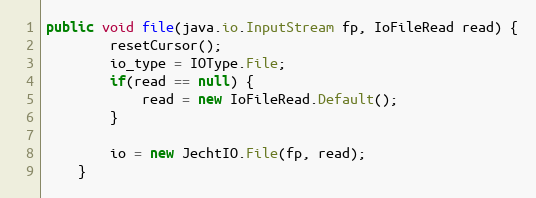
Language: Java
public void file(java.io.InputStream fp, IoFileRead read) {
        resetCursor();
        io_type = IOType.File;
        if(read == null) {
            read = new IoFileRead.Default();
        }

        io = new JechtIO.File(fp, read);
    }